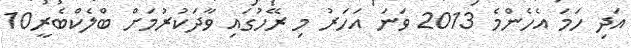
އަދި ހަމަ އެހެންމެ 2013 ވަނަ އަހަރު މި ރޭހުގައި ވާދަކުރުމަށް ބްލެކްބެރީ10